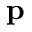
\bf p